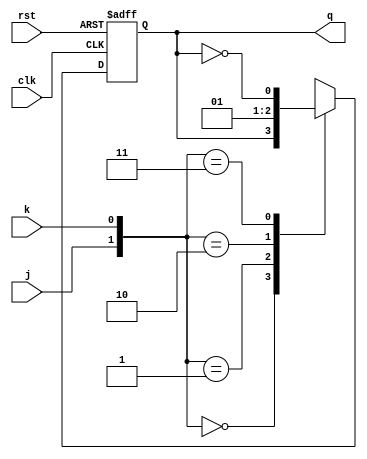
`timescale 1ns / 1ps
//////////////////////////////////////////////////////////////////////////////////
// Company: 
// Engineer: 
// 
// Design Name: 
// Module Name: JK_FlipFlop
// Project Name: 
// Target Devices: 
// Tool Versions: 
// Description: 
// 
// Dependencies: 
// 
// Revision:
// Revision 0.01 - File Created
// Additional Comments:
// 
//////////////////////////////////////////////////////////////////////////////////


module JK_FlipFlop(j, k, clk, rst, q);
input j, k, clk, rst;
output reg q = 1'b0;
always @(posedge(clk) or posedge(rst))
begin
    if(rst)
    q <= 1'b0;
    else
    case({j,k})
        0:q <= q;
        1:q <= 1'b0;
        2:q <= 1'b1;
        3:q <= ~q;
    endcase    
end
endmodule